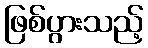
ဖြစ်ပွားသည့်